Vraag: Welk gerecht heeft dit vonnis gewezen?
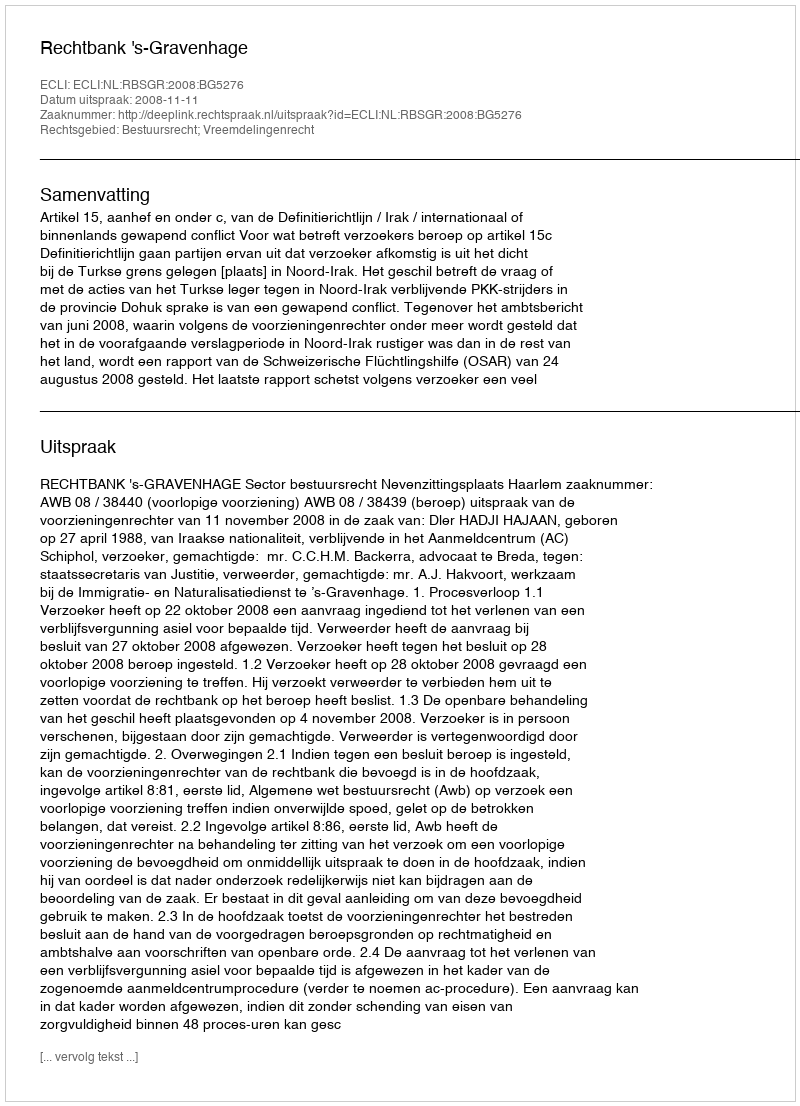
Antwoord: Rechtbank 's-Gravenhage